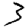
Digit: 3